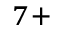
^ { 7 + }